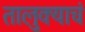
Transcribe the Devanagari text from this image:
तालुक्याचं